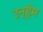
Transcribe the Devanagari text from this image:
उन्हेंम